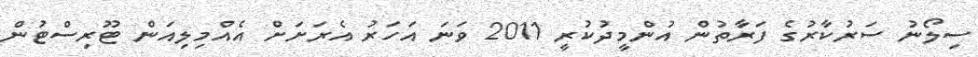
ސިލޯނު ސަރުކާރުގެ ފަރާތުން އުންމީދުކުރީ 2011 ވަނަ އަހަރު އެރަށަށް އެއްމިލިއަން ޓޫރިސްޓުން